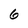
Character: 6